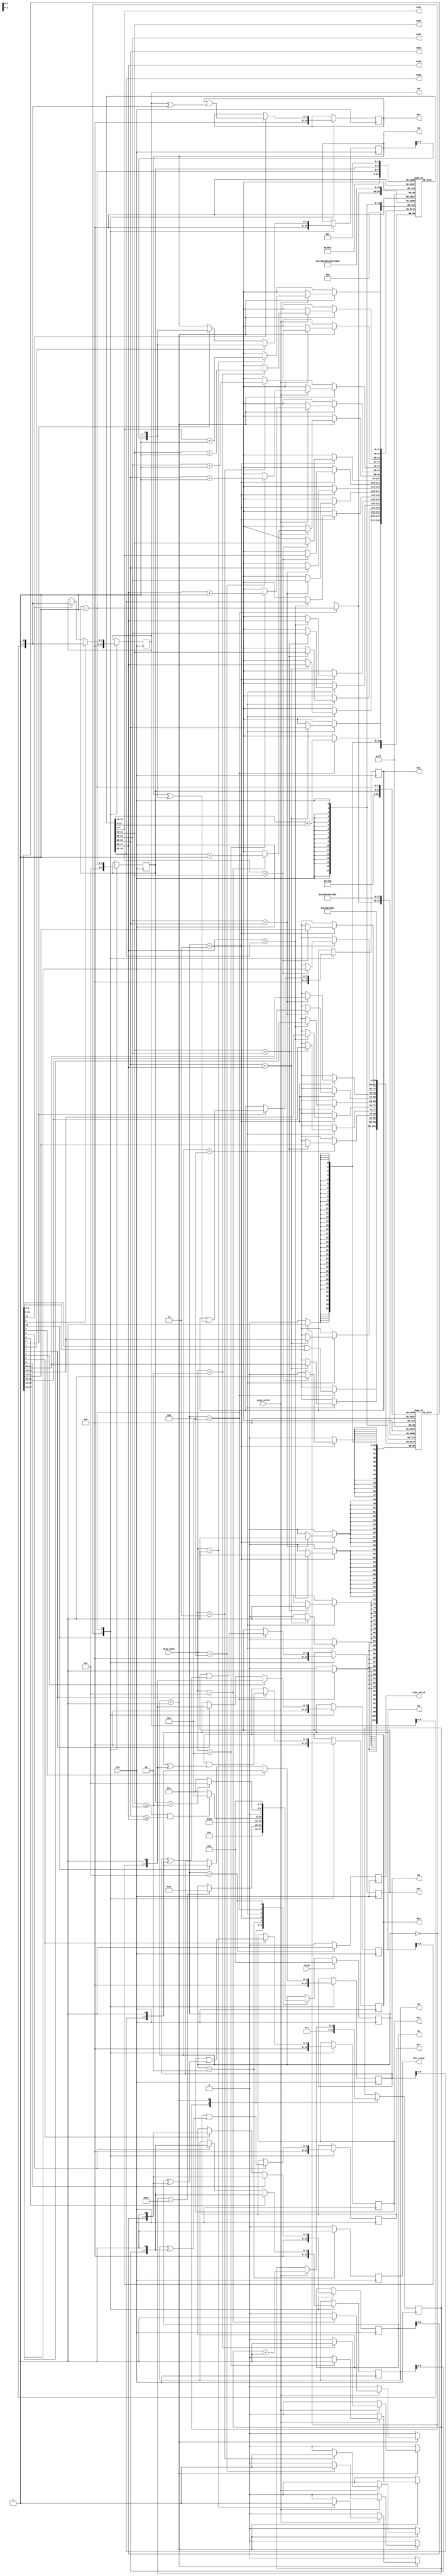
module huffman(clk, reset, gray_valid, gray_data, CNT_valid, CNT1, CNT2, CNT3, CNT4, CNT5, CNT6,
    code_valid, HC1, HC2, HC3, HC4, HC5, HC6, M1, M2, M3, M4, M5, M6);

input clk;
input reset;
input gray_valid;
input [7:0] gray_data;
output reg CNT_valid;
output [7:0] CNT1, CNT2, CNT3, CNT4, CNT5, CNT6;
output reg code_valid;
output [7:0] HC1, HC2, HC3, HC4, HC5, HC6;
output [7:0] M1, M2, M3, M4, M5, M6;
// my design
integer i;

reg [3:0] state, nxt_state;
localparam Idle =        3'd0;
localparam Read =        3'd1;
localparam OutputCNT =   3'd2;
localparam SortingOdd =  3'd3;
localparam SortingEven = 3'd4;
localparam Combine =     3'd5;
localparam OutputHC =    3'd6;

reg [6:0] counter;

reg [7:0] HC [1:6], M [1:6], M_nxt [1:6];
always @(*) begin
	for (i = 1;i <= 6;i = i + 1) M_nxt[i] = {M[i][6:0], 1'b1};
end
reg [2:0] group_Num;
wire [2:0] last = group_Num;
wire [2:0] second_last = group_Num - 3'd1;
reg [7:0] group_CNT [1:6];
reg [6:1] group_member [1:6];

always @(*) begin // next state logic
	nxt_state <= state;
	case (state)
		Idle : nxt_state <= Read;
		Read : if (counter == 7'd100) nxt_state <= OutputCNT;
		OutputCNT : nxt_state <= SortingOdd;
		SortingOdd : nxt_state <= SortingEven;
		SortingEven :
			if ((group_CNT[2] >= group_CNT[3]) && (group_CNT[4] >= group_CNT[5])) nxt_state <= Combine;
			else nxt_state <= SortingOdd;
		Combine : 
			if (group_Num == 3'd2) nxt_state <= OutputHC;
			else nxt_state <= SortingOdd;
		OutputHC : nxt_state <= Idle;
	endcase
end

always @(posedge clk/* or posedge reset*/) begin // FSM
	if (reset) state <= Idle;
	else state <= nxt_state;
end

always @(posedge clk) begin
	CNT_valid <= 0;
	code_valid <= 0;
	case (state)
		Idle : begin
			group_Num <= 3'd6;
			for (i = 1;i <= 6;i = i + 1) begin
				group_CNT[i] <= 8'd0;
				HC[i] <= 8'd0;
				M[i] <= 8'd0;
			end
			group_member[1] <= 6'b000001;
			group_member[2] <= 6'b000010;
			group_member[3] <= 6'b000100;
			group_member[4] <= 6'b001000;
			group_member[5] <= 6'b010000;
			group_member[6] <= 6'b100000;
				
			counter <= 7'd1;
		end
		Read : begin
			if (gray_valid) begin
				case (gray_data)
					8'h01 : group_CNT[1] <= group_CNT[1] + 8'd1;
					8'h02 : group_CNT[2] <= group_CNT[2] + 8'd1;
					8'h03 : group_CNT[3] <= group_CNT[3] + 8'd1;
					8'h04 : group_CNT[4] <= group_CNT[4] + 8'd1;
					8'h05 : group_CNT[5] <= group_CNT[5] + 8'd1;
					8'h06 : group_CNT[6] <= group_CNT[6] + 8'd1;
				endcase
				counter <= counter + 7'd1;
			end
		end
		OutputCNT : begin
			CNT_valid <= 1;
		end
		SortingOdd : begin
			if (group_CNT[1] < group_CNT[2]) begin
				group_CNT[1] <= group_CNT[2];
				group_CNT[2] <= group_CNT[1];
				group_member[1] <= group_member[2];
				group_member[2] <= group_member[1];
			end
			if (group_CNT[3] < group_CNT[4]) begin
				group_CNT[3] <= group_CNT[4];
				group_CNT[4] <= group_CNT[3];
				group_member[3] <= group_member[4];
				group_member[4] <= group_member[3];
			end
			if (group_CNT[5] < group_CNT[6]) begin
				group_CNT[5] <= group_CNT[6];
				group_CNT[6] <= group_CNT[5];
				group_member[5] <= group_member[6];
				group_member[6] <= group_member[5];
			end
		end
		SortingEven : begin
			if (group_CNT[2] < group_CNT[3]) begin
				group_CNT[2] <= group_CNT[3];
				group_CNT[3] <= group_CNT[2];
				group_member[2] <= group_member[3];
				group_member[3] <= group_member[2];
			end
			if (group_CNT[4] < group_CNT[5]) begin
				group_CNT[4] <= group_CNT[5];
				group_CNT[5] <= group_CNT[4];
				group_member[4] <= group_member[5];
				group_member[5] <= group_member[4];
			end
		end
		Combine : begin
			for (i=1;i<=6;i=i+1) begin
				if (group_member[last][i]) begin //code 1
					HC[i] <= HC[i] | (M[i] ^ M_nxt[i]);
					M[i] <= M_nxt[i];
				end
				if (group_member[second_last][i]) begin //code 0
					M[i] <= M_nxt[i];
				end
			end
			group_Num <= group_Num - 3'd1;
			group_CNT[second_last] <= group_CNT[second_last] + group_CNT[last];
			group_member[second_last] <= group_member[second_last] | group_member[last];
			//group_CNT[last] <= 0;
			//group_member[last] <= 6'b000000;
		end
		OutputHC : begin
			code_valid <= 1;
		end
	endcase
end

assign CNT1 = group_CNT[1];
assign CNT2 = group_CNT[2];
assign CNT3 = group_CNT[3];
assign CNT4 = group_CNT[4];
assign CNT5 = group_CNT[5];
assign CNT6 = group_CNT[6];
assign HC1 = HC[1];
assign HC2 = HC[2];
assign HC3 = HC[3];
assign HC4 = HC[4];
assign HC5 = HC[5];
assign HC6 = HC[6];
assign M1 = M[1];
assign M2 = M[2];
assign M3 = M[3];
assign M4 = M[4];
assign M5 = M[5];
assign M6 = M[6];

endmodule